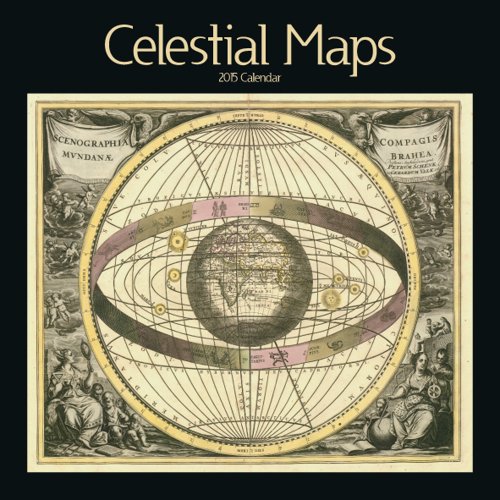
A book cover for Celestial Maps 2015 Wall Calendar; Catch Publishing; Calendars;